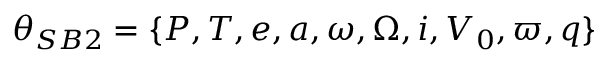
\theta _ { S B 2 } = \{ P , T , e , a , \omega , \Omega , i , V _ { 0 } , \varpi , q \}